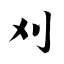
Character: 刈